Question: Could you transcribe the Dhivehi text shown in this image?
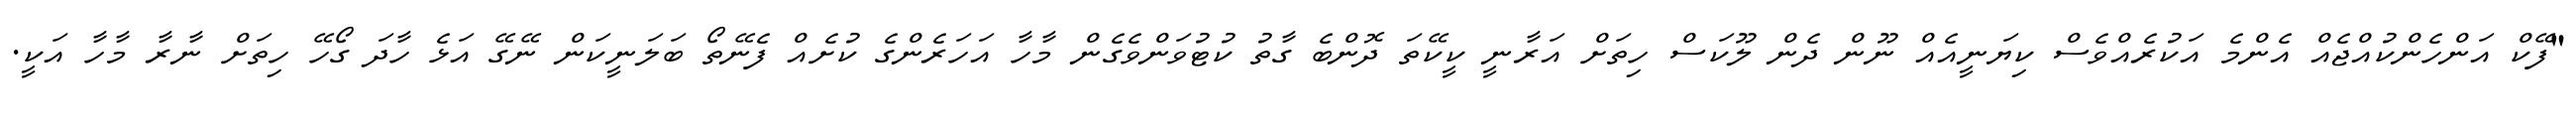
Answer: "ފޭކް އަންހެންކުއްޖެއް އެންމެ އަކުރެއްވެސް ކިޔަނީއެއް ނޫން ދެން ލޫކަސް ހިތަށް އަރާނީ ކީކޭތަ ދޮންބެ ގާތު ކުޓުވަންވެގެން މާހާ އަހަރެންގެ ކުށެއް ފެނޭތޯ ބަލަނީކަން ނޭގޭ އަޅެ ހާދަ ގޯހޭ ހިތަށް ނާރާ މާހާ އަކީ.